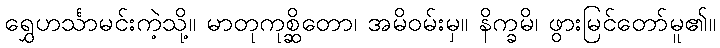
ရွှေဟင်္သာမင်းကဲ့သို့။ မာတုကုစ္ဆိတော၊ အမိဝမ်းမှ။ နိက္ခမိ၊ ဖွားမြင်တော်မူ၏။